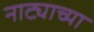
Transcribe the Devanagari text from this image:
नाट्याच्या